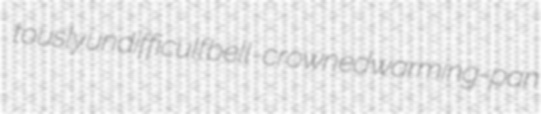
tously undifficult bell-crowned warming-pan